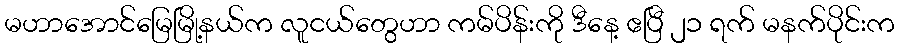
မဟာအောင်မြေမြို့နယ်က လူငယ်တွေဟာ ကမ်ပိန်းကို ဒီနေ့ ဧပြီ ၂၁ ရက် မနက်ပိုင်းက